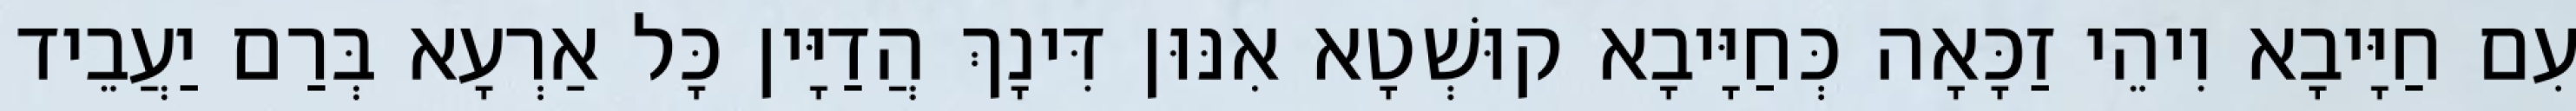
עִם חַיָּיבָא וִיהֵי זַכָּאָה כְּחַיָּיבָא קוּשְׁטָא אִנּוּן דִּינָךְ הֲדַיָּין כָּל אַרְעָא בְּרַם יַעֲבֵיד